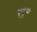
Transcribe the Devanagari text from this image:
स॰